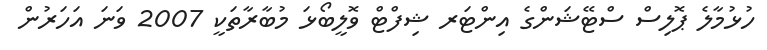
ހުޅުމާލެ ޕޮލިސް ސްޓޭޝަންގެ އިންޓަރ ޝިފްޓް ވޮލީބޯޅަ މުބާރާތަކީ 2007 ވަނަ އަހަރުން